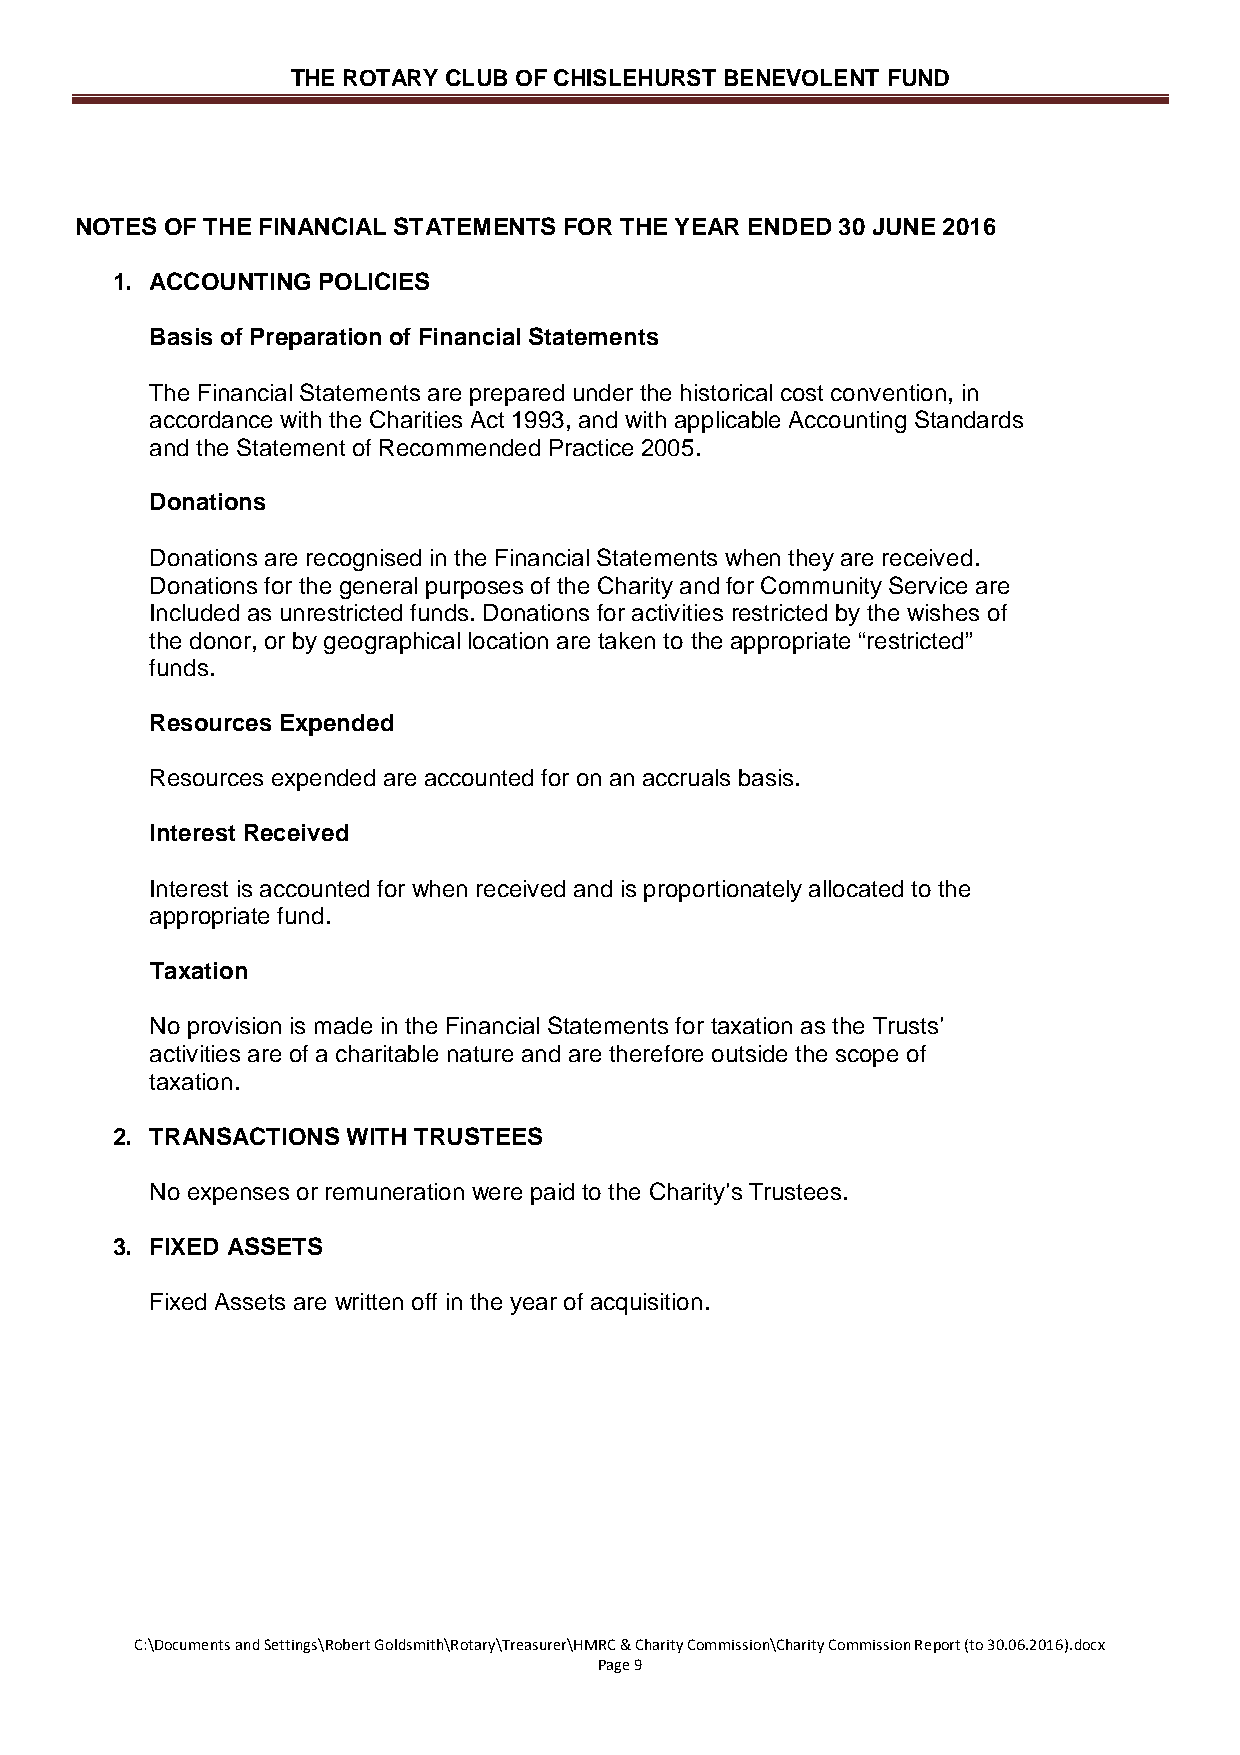
THE ROTARY CLUB OF CHISLEHURST BENEVOLENT FUND
 NOTES OF THE FINANCIAL STATEMENTS FOR THE YEAR ENDED 30 JUNE 2016
 1. ACCOUNTING POLICIES
 Basis of Preparation of Financial Statements
 The Financial Statements are prepared under the historical cost convention, in
 accordance with the Charities Act 1993, and with applicable Accounting Standards
 and the Statement of Recommended Practice 2005.
 Donations
 Donations are recognised in the Financial Statements when they are received.
 Donations for the general purposes of the Charity and for Community Service are
 Included as unrestricted funds. Donations for activities restricted by the wishes of
 the donor, or by geographical location are taken to the appropriate “restricted”
 funds.
 Resources Expended
 Resources expended are accounted for on an accruals basis.
 Interest Received
 Interest is accounted for when received and is proportionately allocated to the
 appropriate fund.
 Taxation
 No provision is made in the Financial Statements for taxation as the Trusts’
 activities are of a charitable nature and are therefore outside the scope of
 taxation.
 2. TRANSACTIONS WITH TRUSTEES
 No expenses or remuneration were paid to the Charity’s Trustees.
 3. FIXED ASSETS
 Fixed Assets are written off in the year of acquisition.
 C:\Documents and Settings\Robert Goldsmith\Rotary\Treasurer\HMRC & Charity Commission\Charity Commission Report (to 30.06.2016).docx
 Page 9